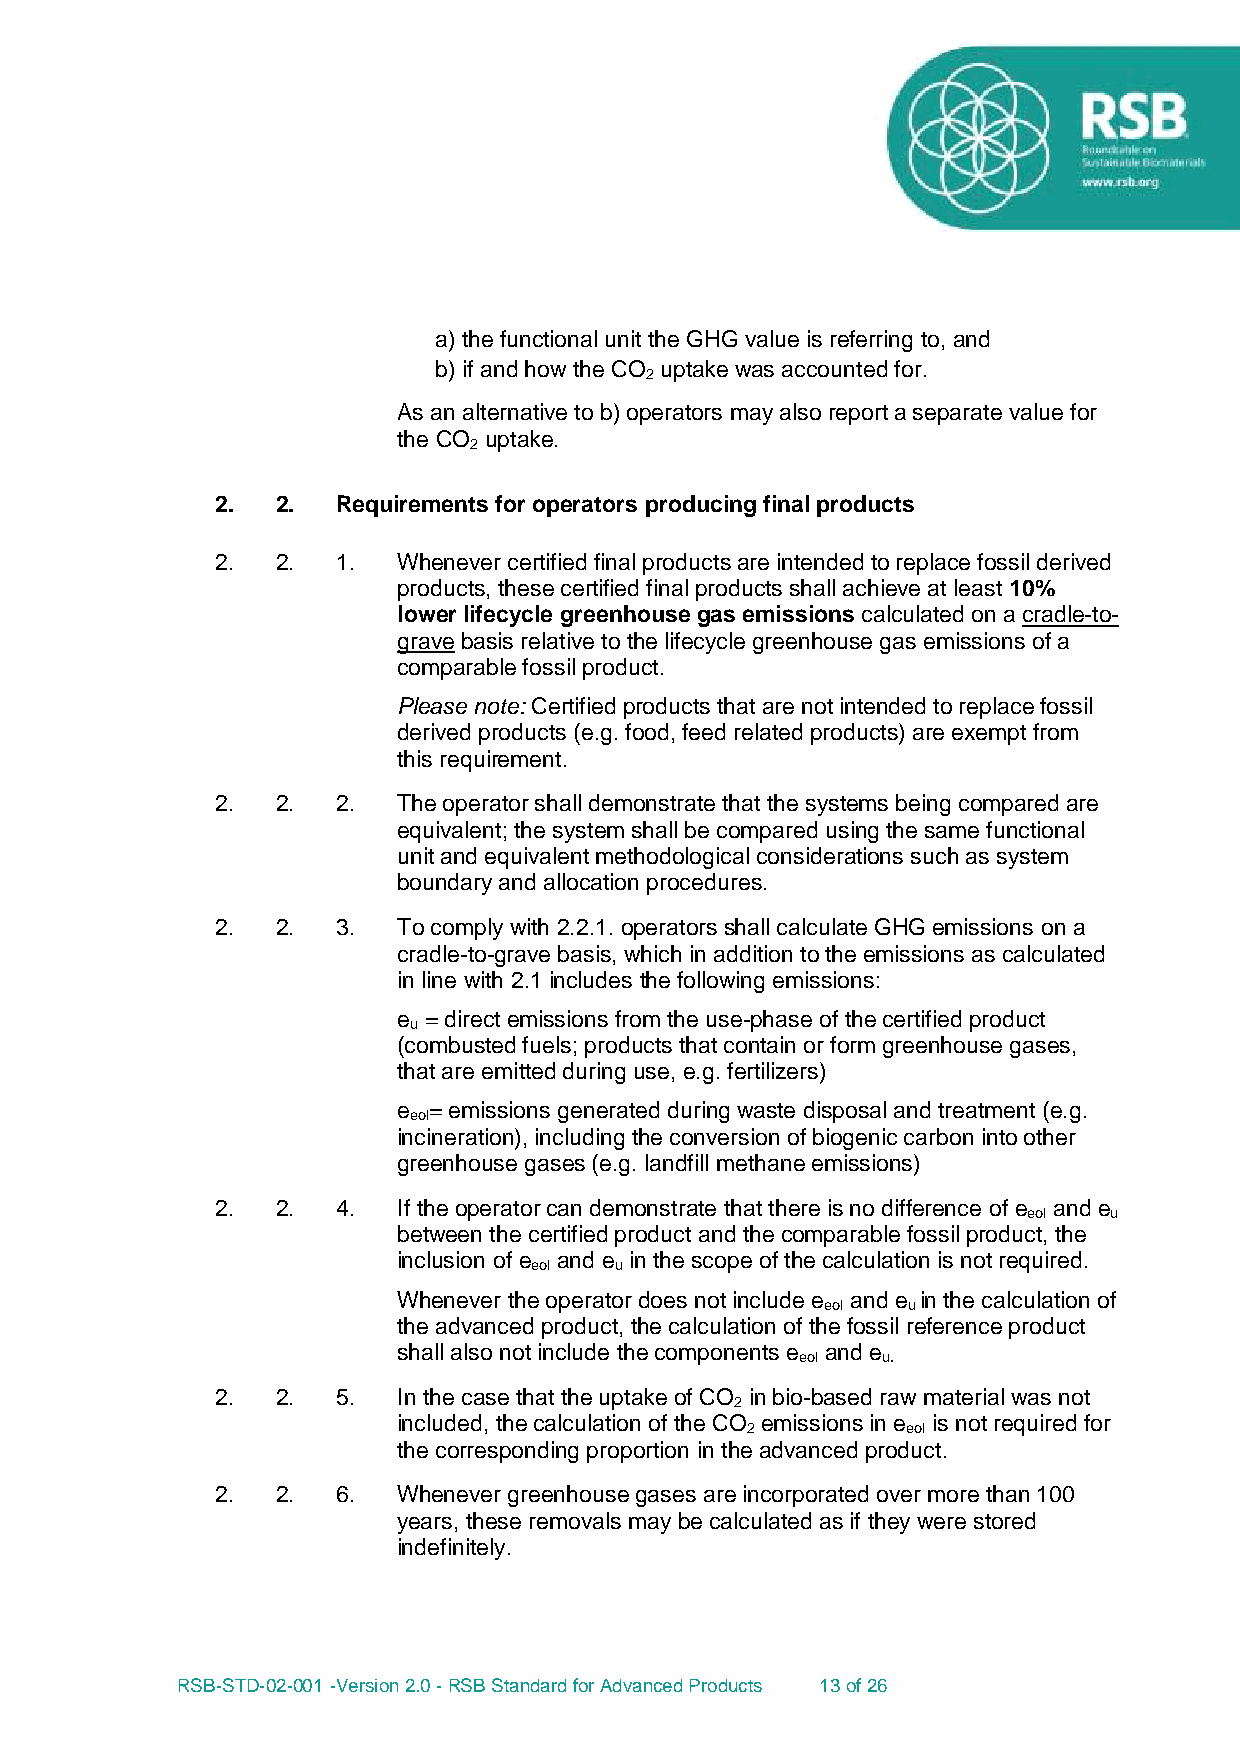
a) the functional unit the GHG value is referring to, and
 b) if and how the CO uptake was accounted for.
 2
 As an alternative to b) operators may also report a separate value for
 the CO uptake.
 2
 2.  2.  Requirements for operators producing final products
 2.  2.  1.  Whenever certified final products are intended to replace fossil derived
 products, these certified final products shall achieve at least 10%
 lower lifecycle greenhouse gas emissions calculated on a cradle-to-
 grave basis relative to the lifecycle greenhouse gas emissions of a
 comparable fossil product.
 Please note: Certified products that are not intended to replace fossil
 derived products (e.g. food, feed related products) are exempt from
 this requirement.
 2.  2.  2.  The operator shall demonstrate that the systems being compared are
 equivalent; the system shall be compared using the same functional
 unit and equivalent methodological considerations such as system
 boundary and allocation procedures.
 2.  2.  3.  To comply with 2.2.1. operators shall calculate GHG emissions on a
 cradle-to-grave basis, which in addition to the emissions as calculated
 in line with 2.1 includes the following emissions:
 e = direct emissions from the use-phase of the certified product
 u
 (combusted fuels; products that contain or form greenhouse gases,
 that are emitted during use, e.g. fertilizers)
 e = emissions generated during waste disposal and treatment (e.g.
 eol
 incineration), including the conversion of biogenic carbon into other
 greenhouse gases (e.g. landfill methane emissions)
 2.  2.  4.  If the operator can demonstrate that there is no difference of e and e
 eol  u
 between the certified product and the comparable fossil product, the
 inclusion of e and e in the scope of the calculation is not required.
 eol   u
 Whenever the operator does not include e and e in the calculation of
 eol  u
 the advanced product, the calculation of the fossil reference product
 shall also not include the components e and e
 eol  u.
 2.  2.  5.  In the case that the uptake of CO in bio-based raw material was not
 2
 included, the calculation of the CO emissions in e is not required for
 2          eol
 the corresponding proportion in the advanced product.
 2.  2.  6.  Whenever greenhouse gases are incorporated over more than 100
 years, these removals may be calculated as if they were stored
 indefinitely.
 RSB-STD-02-001 -Version 2.0 - RSB Standard for Advanced Products 13 of 26